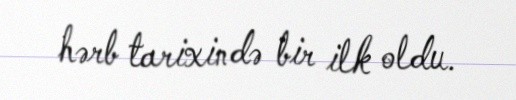
hərb tarixində bir ilk oldu.